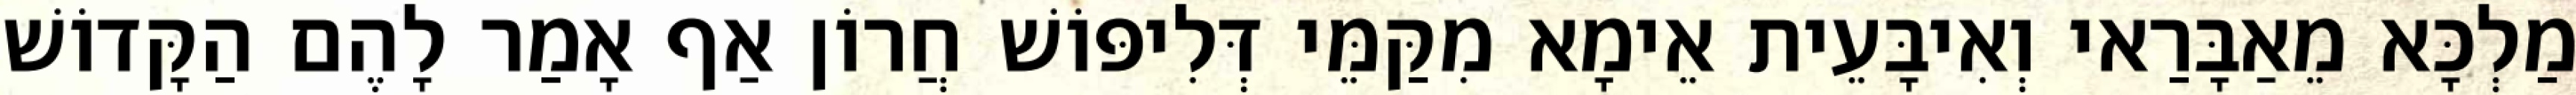
מַלְכָּא מֵאַבָּרַאי וְאִיבָּעֵית אֵימָא מִקַּמֵּי דְּלִיפּוֹשׁ חֲרוֹן אַף אָמַר לָהֶם הַקָּדוֹשׁ